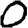
Digit: 0